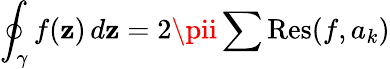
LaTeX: \oint_{\gamma}f(\mathbf{z})\, d\mathbf{z}=2\pii\sum\operatorname{Res}(f,a_{k})